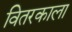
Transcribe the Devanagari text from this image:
वितरकाला